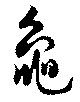
龜